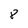
Character: 8